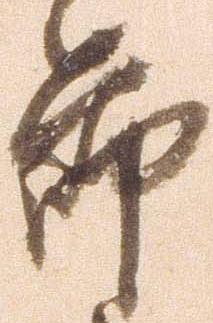
節